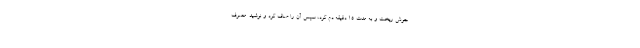
جوش ریخت و به مدت ۱۵ دقیقه دم کرد، سپس آن را صاف کرد و نوشید. مصرف